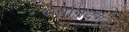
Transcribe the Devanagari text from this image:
भवानदगड